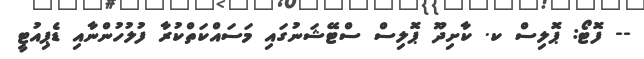
-- ފޮޓޯ: ޕޮލިސް ކ. ކާށިދޫ ޕޮލިސް ސްޓޭޝަނުގައި މަސައްކަތްކުރާ ފުލުހުންނާއި ޑެޕިއުޓީ